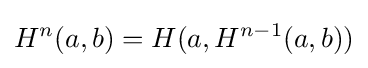
H^{n}(a,b)=H(a,H^{n-1}(a,b))